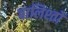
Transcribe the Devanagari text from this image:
बालिश्तों